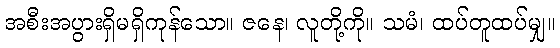
အစီးအပွားရှိမရှိကုန်သော။ ဇနေ၊ လူတို့ကို။ သမံ၊ ထပ်တူထပ်မျှ။